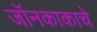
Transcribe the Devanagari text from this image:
जॉनकाकाचे